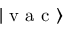
| \mathrm { ~ v ~ a ~ c ~ } \rangle